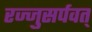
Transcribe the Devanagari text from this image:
रज्जुसर्पवत्‌